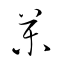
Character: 薬